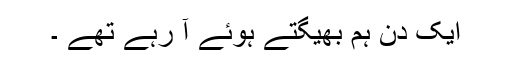
ایک دن ہم بھیگتے ہوئے آ رہے تھے ۔